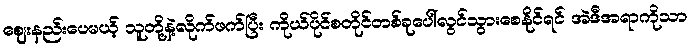
ဈေးနည်းပေမယ့် သူတို့နဲ့လိုက်ဖက်ပြီး ကိုယ်ပိုင်စတိုင်တစ်ခုပေါ်လွင်သွားစေနိုင်ရင် အဲဒီအရာကိုသာ